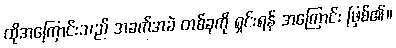
ထိုအကြောင်းသည် အခက်အခဲ တစ်ခုကို ရှင်းရန် အကြောင်း ဖြစ်၏။